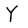
Character: Y